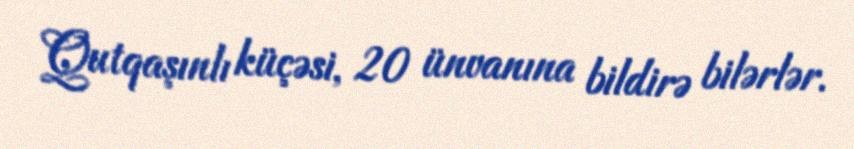
Qutqaşınlı küçəsi, 20 ünvanına bildirə bilərlər.